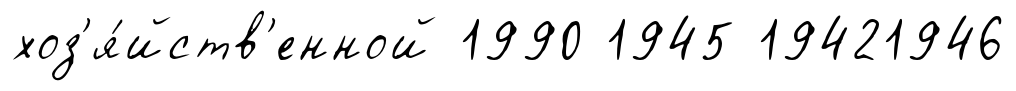
хоз'я́йств'енной 1990 1945 19421946